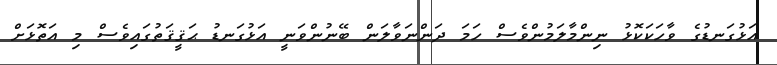
އަޅުގަނޑުގެ ވާހަކަކޮޅު ނިންމާލަމުންވެސް ހަމަ ދަންނަވާލަން ބޭނުންވަނީ އަޅުގަނޑު ޙަޤީޤަތުގައިވެސް މި އަތޮޅަށް